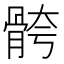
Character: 骻